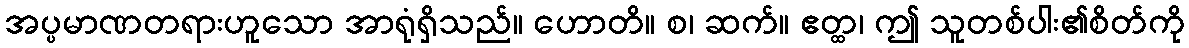
အပ္ပမာဏတရားဟူသော အာရုံရှိသည်။ ဟောတိ။ စ၊ ဆက်။ ဧတ္ထ၊ ဤ သူတစ်ပါး၏စိတ်ကို